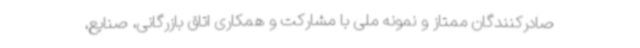
صادرکنندگان ممتاز و نمونه ملی با مشارکت و همکاری اتاق بازرگانی، صنایع،